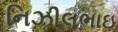
નિઝીલભાઇ